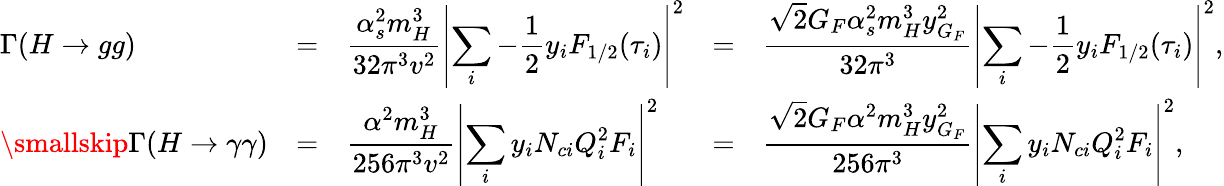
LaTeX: \begin{array}{lllll}{{\Gamma(H\to gg)}}&{{=}}&{{\displaystyle\frac{\alpha_{s}^{2}m_{H}^{3}}{32\pi^{3}v^{2}}\left|\sum_{i}-\frac{1}{2}y_{i}F_{1/2}(\tau_{i})\right|^{2}}}&{{=}}&{{\displaystyle\frac{\sqrt{2}G_{F}\alpha_{s}^{2}m_{H}^{3}y_{G_{F}}^{2}}{32\pi^{3}}\left|\sum_{i}-\frac{1}{2}y_{i}F_{1/2}(\tau_{i})\right|^{2},}}\\ {{\smallskip\Gamma(H\to\gamma\gamma)}}&{{=}}&{{\displaystyle\frac{\alpha^{2}m_{H}^{3}}{256\pi^{3}v^{2}}\left|\sum_{i}y_{i}N_{ci}Q_{i}^{2}F_{i}\right|^{2}}}&{{=}}&{{\displaystyle\frac{\sqrt{2}G_{F}\alpha^{2}m_{H}^{3}y_{G_{F}}^{2}}{256\pi^{3}}\left|\sum_{i}y_{i}N_{ci}Q_{i}^{2}F_{i}\right|^{2},}}\end{array}